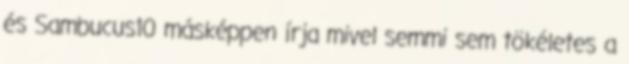
és Sambucus10 másképpen írja mivel semmi sem tökéletes a